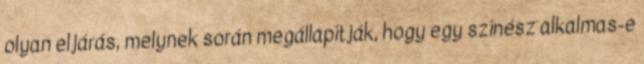
olyan eljárás, melynek során megállapítják, hogy egy színész alkalmas-e